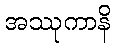
အဿုကာနိ